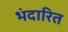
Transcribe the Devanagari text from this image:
भंदारित